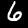
Label: 6